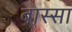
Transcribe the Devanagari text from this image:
बास्सा